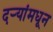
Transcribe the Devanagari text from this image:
दऱ्यांमधून